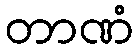
တာဏံ